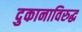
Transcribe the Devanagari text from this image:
दुकानाविरुद्ध